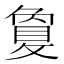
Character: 敻